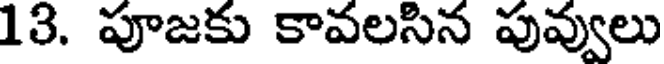
13. పూజకు కావలసిన పువ్వులు